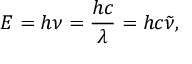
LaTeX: E = h \nu = { \frac { h c } { \lambda } } = h c { \tilde { \nu } } ,